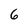
Character: 6